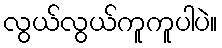
လွယ်လွယ်ကူကူပါပဲ။